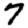
Digit: 7